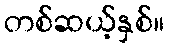
တစ်ဆယ့်နှစ်။